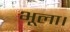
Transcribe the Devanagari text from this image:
भूला।